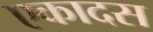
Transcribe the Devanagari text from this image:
एकादस